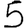
Digit: 5